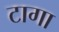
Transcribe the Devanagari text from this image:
टागा